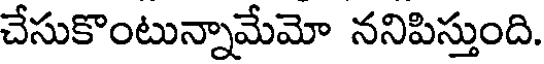
చేసుకొంటున్నామేమో ననిపిస్తుంది.